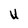
Character: U